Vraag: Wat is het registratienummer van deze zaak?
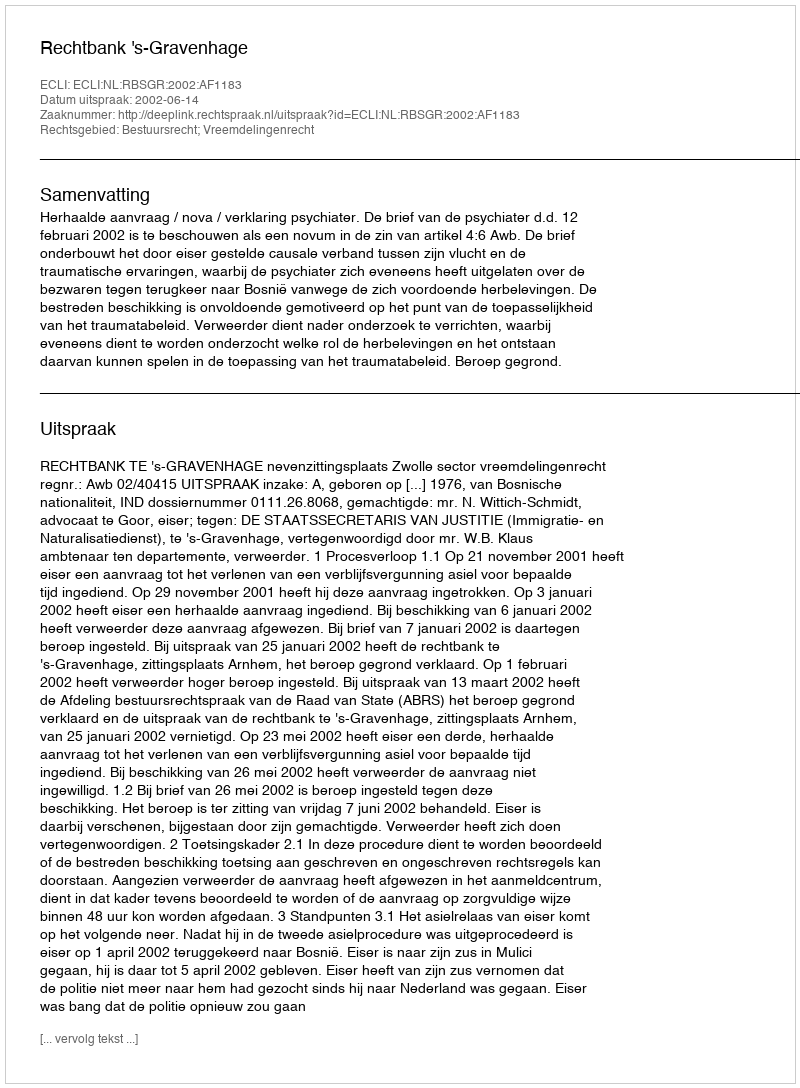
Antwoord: http://deeplink.rechtspraak.nl/uitspraak?id=ECLI:NL:RBSGR:2002:AF1183